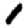
Digit: 1